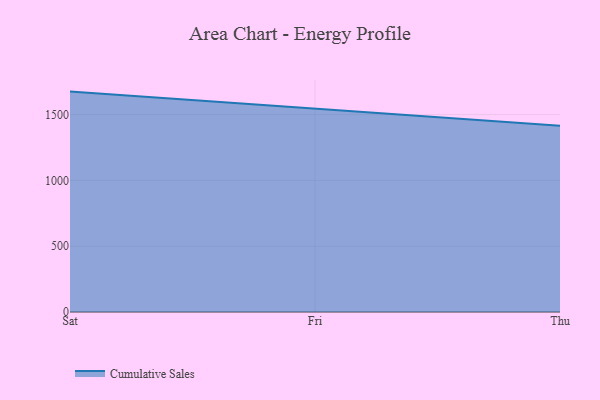
{"axis": {"x": "Day", "y": "Bounce Rate (%)"}, "legend": ["Cumulative Sales"], "data": [{"x": "Sat", "y": 1675.0, "type": "Cumulative Sales"}, {"x": "Fri", "y": 1546.8, "type": "Cumulative Sales"}, {"x": "Thu", "y": 1415.6, "type": "Cumulative Sales"}]}